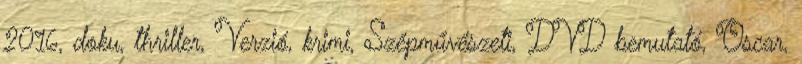
2016, doku, thriller, Verzió, krimi, Szépművészeti, DVD bemutató, Oscar,